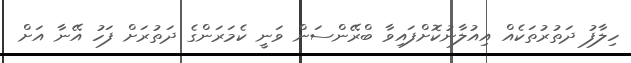
ހިލާފު ދަތުރުތަކެއް އިއުލާނުކޮށްފައިވާ ބްރޭންސަން ވަނީ ކެމަރަންގެ ދަތުރަށް ފަހު އޭނާ އަށް